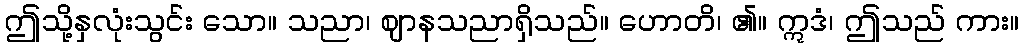
ဤသို့နှလုံးသွင်း သော။ သညာ၊ ဈာနသညာရှိသည်။ ဟောတိ၊ ၏။ ဣဒံ၊ ဤသည် ကား။